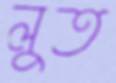
লুত